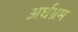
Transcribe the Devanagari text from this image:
अर्धभ्रम